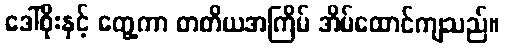
ဒေါ်စိုးနှင့် တွေ့ကာ တတိယအကြိမ် အိမ်ထောင်ကျသည်။